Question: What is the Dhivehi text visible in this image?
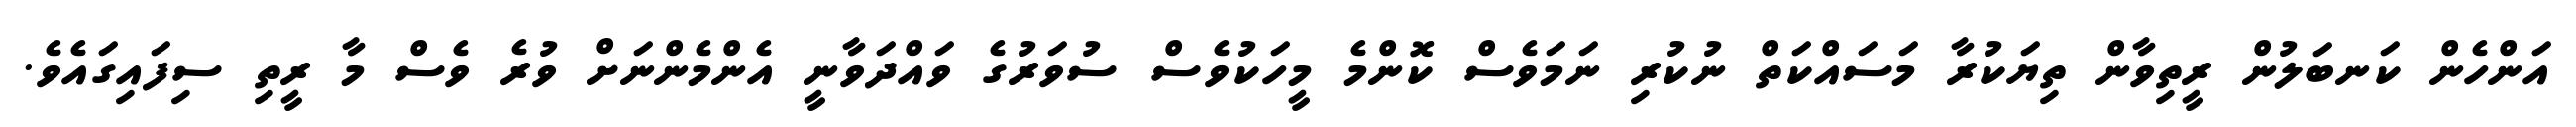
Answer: އަންހެން ކަނބަލުން ރީތިވާން ތިޔަކުރާ މަސައްކަތް ނުކުރި ނަމަވެސް ކޮންމެ މީހަކުވެސް ސުވަރުގެ ވައްދަވާނީ އެންމެންނަށް ވުރެ ވެސް މާ ރީތި ސިފައިގައެވެ.